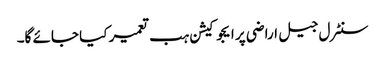
سنٹرل جیل اراضی پر ایجوکیشن ہب تعمیر کیا جائے گا۔